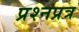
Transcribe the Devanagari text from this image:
प्रश्नप्रत्र